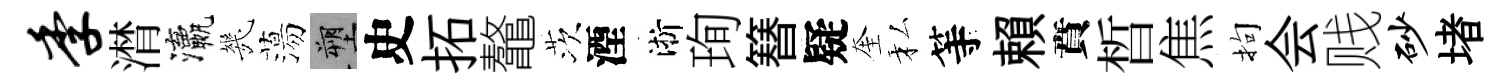
季潸瀛㡬蕩塑史拓鼇茨湮淅珣簮疑奎私等賴賁晳焦拘会贱砂堵